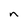
Character: n